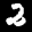
Label: 2